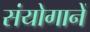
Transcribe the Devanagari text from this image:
संयोगानें